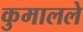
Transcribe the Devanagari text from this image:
कुमालले